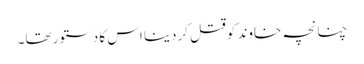
چنانچہ خاوند کوقتل کردینا اس کا دستور تھا۔